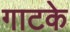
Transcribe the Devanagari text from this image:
गाटके